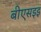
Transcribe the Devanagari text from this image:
बीएसइइ